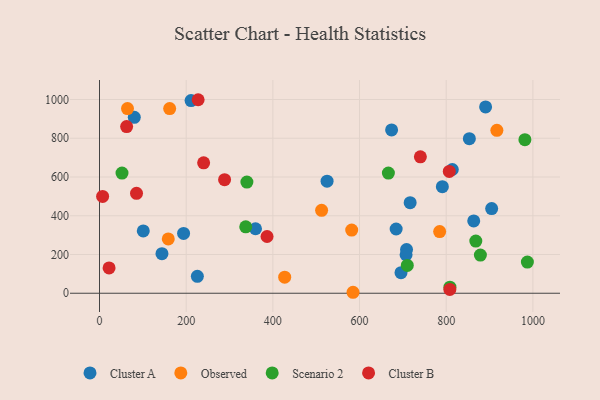
{"axis": {"x": "Ad Spend", "y": "Yield"}, "legend": ["Cluster A", "Cluster B", "Observed", "Scenario 2"], "data": [{"x": "525.1", "y": 578.3, "type": "Cluster A"}, {"x": "360.0", "y": 333.0, "type": "Cluster A"}, {"x": "904.9", "y": 437.2, "type": "Cluster A"}, {"x": "791.1", "y": 550.0, "type": "Cluster A"}, {"x": "211.3", "y": 994.7, "type": "Cluster A"}, {"x": "890.9", "y": 961.9, "type": "Cluster A"}, {"x": "853.4", "y": 798.0, "type": "Cluster A"}, {"x": "194.0", "y": 308.9, "type": "Cluster A"}, {"x": "863.5", "y": 373.2, "type": "Cluster A"}, {"x": "101.0", "y": 321.6, "type": "Cluster A"}, {"x": "708.5", "y": 225.2, "type": "Cluster A"}, {"x": "144.1", "y": 204.5, "type": "Cluster A"}, {"x": "707.4", "y": 198.6, "type": "Cluster A"}, {"x": "80.3", "y": 908.3, "type": "Cluster A"}, {"x": "684.5", "y": 331.7, "type": "Cluster A"}, {"x": "716.8", "y": 467.5, "type": "Cluster A"}, {"x": "814.1", "y": 638.7, "type": "Cluster A"}, {"x": "225.8", "y": 87.4, "type": "Cluster A"}, {"x": "695.7", "y": 106.3, "type": "Cluster A"}, {"x": "674.0", "y": 842.9, "type": "Cluster A"}, {"x": "64.6", "y": 953.4, "type": "Observed"}, {"x": "784.9", "y": 318.2, "type": "Observed"}, {"x": "427.3", "y": 82.7, "type": "Observed"}, {"x": "916.9", "y": 840.8, "type": "Observed"}, {"x": "158.7", "y": 280.4, "type": "Observed"}, {"x": "585.0", "y": 5.0, "type": "Observed"}, {"x": "161.9", "y": 953.4, "type": "Observed"}, {"x": "512.5", "y": 427.9, "type": "Observed"}, {"x": "581.9", "y": 325.9, "type": "Observed"}, {"x": "808.6", "y": 31.5, "type": "Scenario 2"}, {"x": "666.6", "y": 620.5, "type": "Scenario 2"}, {"x": "878.9", "y": 196.9, "type": "Scenario 2"}, {"x": "987.3", "y": 160.8, "type": "Scenario 2"}, {"x": "51.9", "y": 620.4, "type": "Scenario 2"}, {"x": "710.2", "y": 143.7, "type": "Scenario 2"}, {"x": "868.3", "y": 269.1, "type": "Scenario 2"}, {"x": "340.1", "y": 573.8, "type": "Scenario 2"}, {"x": "337.4", "y": 342.8, "type": "Scenario 2"}, {"x": "981.6", "y": 792.8, "type": "Scenario 2"}, {"x": "807.1", "y": 628.8, "type": "Cluster B"}, {"x": "22.1", "y": 130.5, "type": "Cluster B"}, {"x": "288.6", "y": 586.0, "type": "Cluster B"}, {"x": "85.4", "y": 515.7, "type": "Cluster B"}, {"x": "62.6", "y": 860.4, "type": "Cluster B"}, {"x": "227.6", "y": 998.9, "type": "Cluster B"}, {"x": "7.2", "y": 500.0, "type": "Cluster B"}, {"x": "240.3", "y": 673.4, "type": "Cluster B"}, {"x": "386.6", "y": 293.0, "type": "Cluster B"}, {"x": "740.4", "y": 704.2, "type": "Cluster B"}, {"x": "808.4", "y": 19.9, "type": "Cluster B"}]}